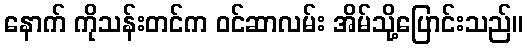
နောက် ကိုသန်းတင်က ဝင်ဆာလမ်း အိမ်သို့ပြောင်းသည်။